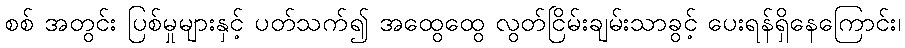
စစ် အတွင်း ပြစ်မှုများနှင့် ပတ်သက်၍ အထွေထွေ လွတ်ငြိမ်းချမ်းသာခွင့် ပေးရန်ရှိနေကြောင်း၊